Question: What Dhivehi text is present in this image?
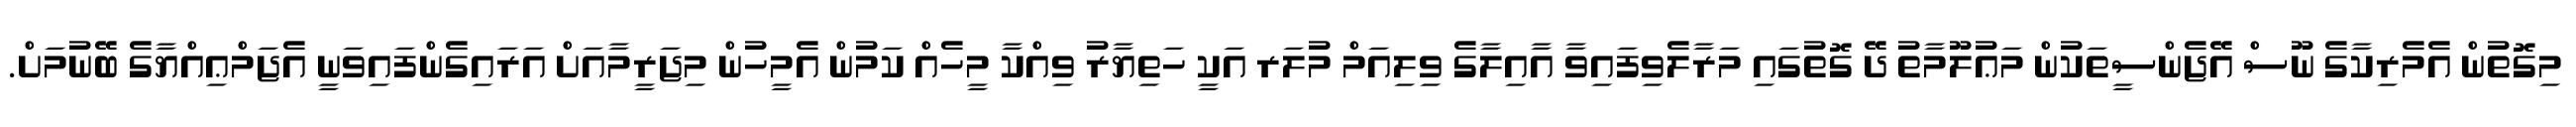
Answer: މިގޮތުން އެމެރިކާގެ ނޫސް އޭޖެންސީތަކުން މަޢުލޫމާތު ދޭ ގޮތުގައި މަރާލެވިފައިވާ އާއިލާގެ ވިލިއަމް މުލަރ އަކީ ހަތިޔާރު ވިއްކާ މީހެއް ކަމުން އެމީހުން މިޖަރީމާއަށް އަރައިގެންފައިވަނީ އެޖަމްޢިއްޔާގެ ބޭނުމަށް.